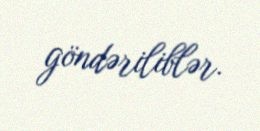
göndəriliblər.